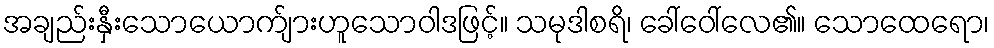
အချည်းနှီးသောယောက်ျားဟူသောဝါဒဖြင့်။ သမုဒါစရိ၊ ခေါ်ဝေါ်လေ၏။ သောထေရော၊